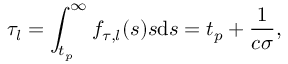
\tau _ { l } = \int _ { t _ { p } } ^ { \infty } f _ { \tau , l } ( s ) s \mathrm { d } s = t _ { p } + \frac { 1 } { c \sigma } ,